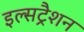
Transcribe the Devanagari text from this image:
इल्सट्रैशन